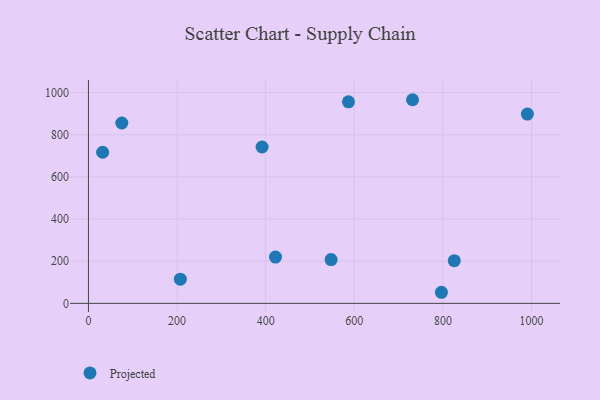
{"axis": {"x": "Speed", "y": "Exam Score"}, "legend": ["Projected"], "data": [{"x": "207.4", "y": 114.8, "type": "Projected"}, {"x": "990.7", "y": 898.1, "type": "Projected"}, {"x": "586.9", "y": 956.3, "type": "Projected"}, {"x": "796.7", "y": 52.6, "type": "Projected"}, {"x": "391.9", "y": 741.9, "type": "Projected"}, {"x": "422.2", "y": 219.7, "type": "Projected"}, {"x": "547.7", "y": 207.7, "type": "Projected"}, {"x": "32.0", "y": 717.1, "type": "Projected"}, {"x": "731.5", "y": 966.3, "type": "Projected"}, {"x": "825.7", "y": 202.4, "type": "Projected"}, {"x": "75.3", "y": 855.9, "type": "Projected"}]}